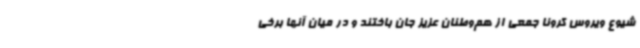
شیوع ویروس کرونا جمعی از هم‌وطنان عزیز جان باختند و در میان آنها برخی